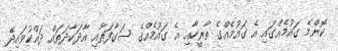
ކޮންމެ ގައުމެއްގައި އެ ގައުމެއްގެ ތާރީހާއި އެ ގައުމެއްގެ ސަގާފަތާއި އާދަކާދަތައް ދައްކުވައިދޭ